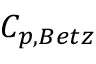
C _ { p , B e t z }